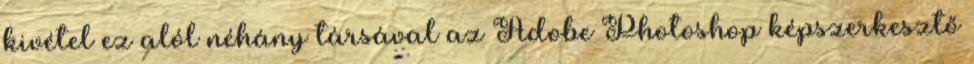
kivétel ez alól néhány társával az Adobe Photoshop képszerkesztő